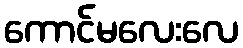
ကောင်မလေးလေ